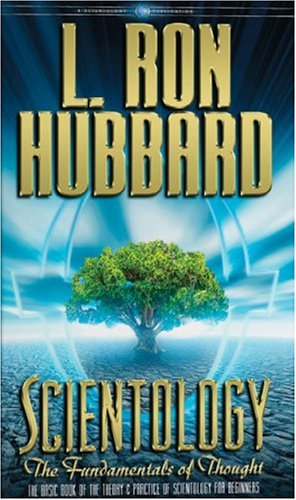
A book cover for Scientology: The Fundamentals of Thought (English); L. Ron Hubbard; Religion & Spirituality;